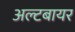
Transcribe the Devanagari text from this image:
अल्टबायर